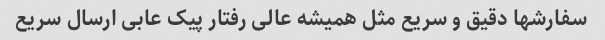
سفارشها دقیق و سریع مثل همیشه عالی رفتار پیک عابی ارسال سریع